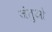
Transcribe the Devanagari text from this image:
जंतुओ